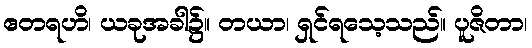
ဧတရဟိ၊ ယခုအခါ၌။ တယာ၊ ရှင်ရသေ့သည်။ ပူဇိတာ၊